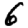
Digit: 6